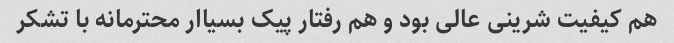
هم کیفیت شرینی عالی بود و هم رفتار پیک بسیاار محترمانه با تشکر